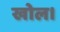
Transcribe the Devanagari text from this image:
खोल।